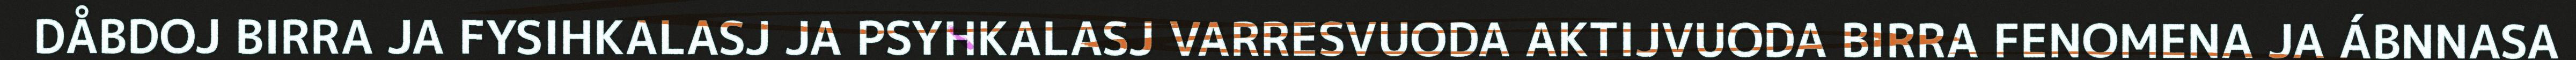
DÅBDOJ BIRRA JA FYSIHKALASJ JA PSYHKALASJ VARRESVUODA AKTIJVUODA BIRRA FENOMENA JA ÁBNNASA